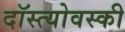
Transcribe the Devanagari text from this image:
दॉस्त्योवस्की